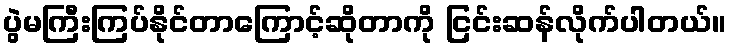
ပွဲမကြီးကြပ်နိုင်တာကြောင့်ဆိုတာကို ငြင်းဆန်လိုက်ပါတယ်။